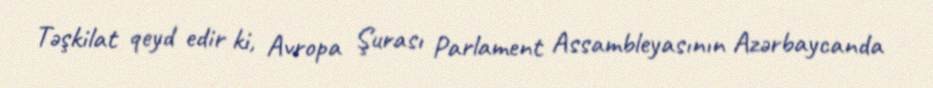
Təşkilat qeyd edir ki, Avropa Şurası Parlament Assambleyasının Azərbaycanda